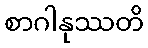
စာဂါနုဿတိ